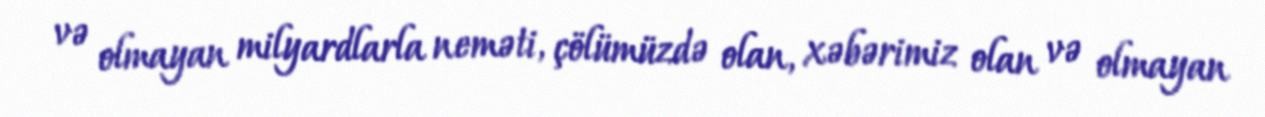
və olmayan milyardlarla neməti, çölümüzdə olan, xəbərimiz olan və olmayan